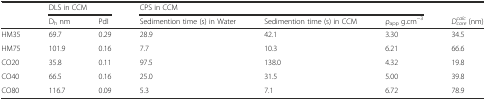
|  | <COLSPAN=2> DLS in CCM | <COLSPAN=3> CPS in CCM |  |
 |  | Dh nm | PdI | Sedimention time (s) in Water | Sedimention time (s) in CCM | ρapp g.cm−3 | Dcorecalc (nm) |
 | --- | --- | --- | --- | --- | --- | --- |
 | HM35 | 69.7 | 0.29 | 28.9 | 42.1 | 3.30 | 34.5 |
 | HM75 | 101.9 | 0.16 | 7.7 | 10.3 | 6.21 | 66.6 |
 | CO20 | 35.8 | 0.11 | 97.5 | 138.0 | 4.32 | 19.8 |
 | CO40 | 66.5 | 0.16 | 25.0 | 31.5 | 5.00 | 39.8 |
 | CO80 | 116.7 | 0.09 | 5.3 | 7.1 | 6.72 | 78.9 |